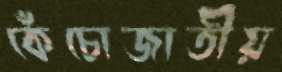
কেঁচোজাতীয়